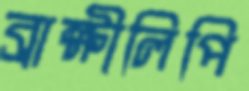
ব্রাক্ষীলিপি